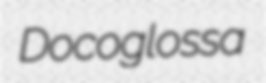
Docoglossa